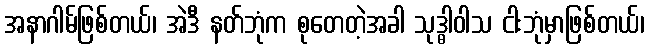
အနာဂါမ်ဖြစ်တယ်၊ အဲဒီ နတ်ဘုံက စုတေတဲ့အခါ သုဒ္ဓါဝါသ ငါးဘုံမှာဖြစ်တယ်၊